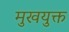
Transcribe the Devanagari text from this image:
मुखयुक्त